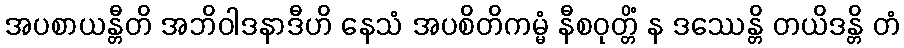
အပစာယန္တီတိ အဘိဝါဒနာဒီဟိ နေသံ အပစိတိကမ္မံ နီစဝုတ္တိံ န ဒဿေန္တိ တယိဒန္တိ တံ